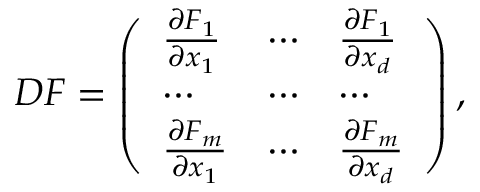
\begin{array} { r } { D F = \left( \begin{array} { l l l } { \frac { \partial F _ { 1 } } { \partial x _ { 1 } } } & { \cdots } & { \frac { \partial F _ { 1 } } { \partial x _ { d } } } \\ { \cdots } & { \cdots } & { \cdots } \\ { \frac { \partial F _ { m } } { \partial x _ { 1 } } } & { \cdots } & { \frac { \partial F _ { m } } { \partial x _ { d } } } \end{array} \right) , } \end{array}